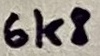
Text: 6k8